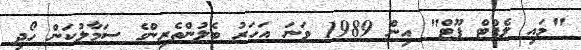
"މައި ލެފްޓް ފޫޓް" އިން 1989 ވަނަ އަހަރު ބެލުންތެރިންގެ ސަމާލުކަން ހޯދި